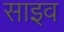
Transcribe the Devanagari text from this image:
साइव